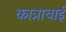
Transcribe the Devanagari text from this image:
कात्राबाई